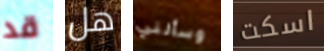
قد هل وسألني اسكت